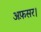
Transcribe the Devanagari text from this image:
अफ़सर।